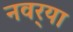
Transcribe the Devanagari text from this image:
नवर्‍या